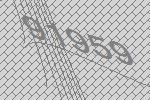
91959